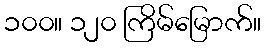
၁၀၀။ ၁၂၀ ကြိမ်မြောက်။